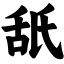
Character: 舐